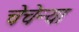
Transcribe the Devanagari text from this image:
चेचेन्या